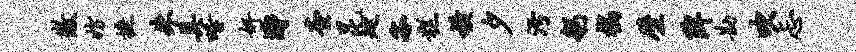
徽妨摭朱具唾奸涛查昆延客糕横夕污躬槁壁陴勘吹忐